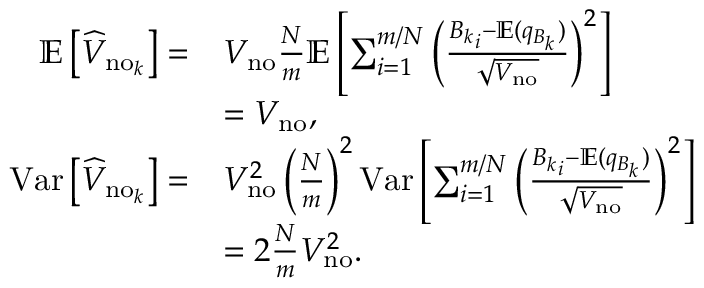
\begin{array} { r l } { \mathbb { E } \left[ \widehat { V } _ { \mathrm { n o } _ { k } } \right] = } & { V _ { \mathrm { n o } } \frac { N } { m } \mathbb { E } \left[ \sum _ { i = 1 } ^ { m / N } \left( \frac { { B _ { k } } _ { i } - \mathbb { E } ( q _ { B _ { k } } ) } { \sqrt { V _ { \mathrm { n o } } } } \right) ^ { 2 } \right] } \\ & { = V _ { \mathrm { n o } } , } \\ { \mathrm { V a r } \left[ \widehat { V } _ { \mathrm { n o } _ { k } } \right] = } & { V _ { \mathrm { n o } } ^ { 2 } \left( \frac { N } { m } \right) ^ { 2 } \mathrm { V a r } \left[ \sum _ { i = 1 } ^ { m / N } \left( \frac { { B _ { k } } _ { i } - \mathbb { E } ( q _ { B _ { k } } ) } { \sqrt { V _ { \mathrm { n o } } } } \right) ^ { 2 } \right] } \\ & { = 2 \frac { N } { m } V _ { \mathrm { n o } } ^ { 2 } . } \end{array}